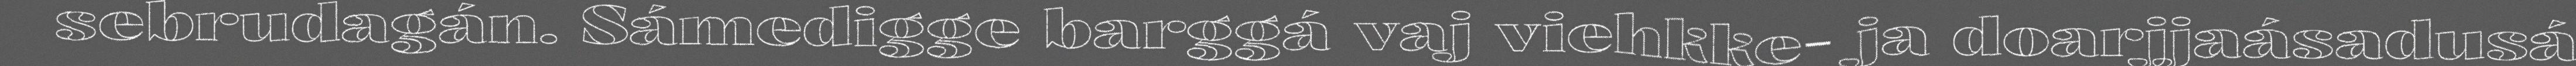
sebrudagán. Sámedigge barggá vaj viehkke- ja doarjjaásadusá